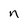
Character: n